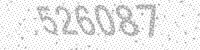
Solution: 526087